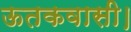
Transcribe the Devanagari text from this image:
ऊतकवासी।